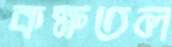
কক্ষতল